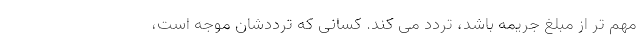
مهم تر از مبلغ جریمه باشد، تردد می کند. کسانی که ترددشان موجه است،